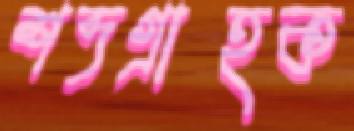
শব্দগ্রাহক